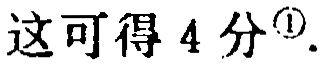
这可得 4 分\footnote{\textcircled{1}}.